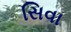
સિવા